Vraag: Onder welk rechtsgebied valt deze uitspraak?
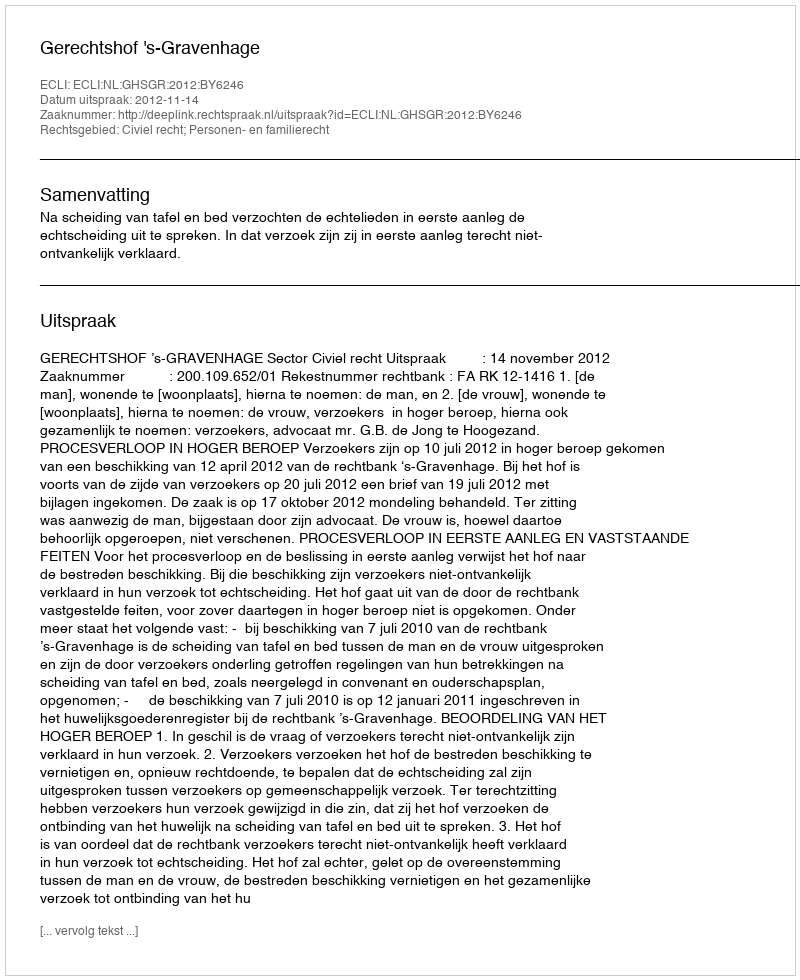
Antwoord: Civiel recht; Personen- en familierecht